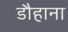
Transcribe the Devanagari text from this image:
डौहाना